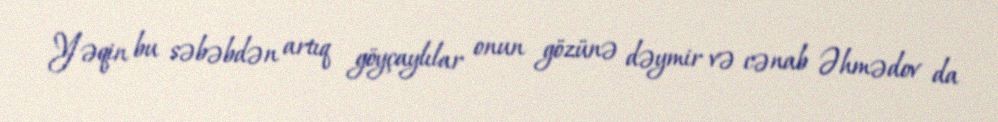
Yəqin bu səbəbdən artıq göyçaylılar onun gözünə dəymir və cənab Əhmədov da